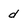
Character: d